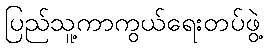
ပြည်သူ့ကာကွယ်ရေးတပ်ဖွဲ့